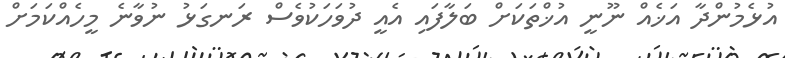
އުޅެމުންދާ އަޚެއް ނޫނީ އުޚްތަކަށް ބަލާފައި އެއީ ދުވަހަކުވެސް ރަނގަޅު ނުވާނެ މީހެއްކަމަށް